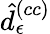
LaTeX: \hat{d}_{\epsilon}^{\left(cc\right)}